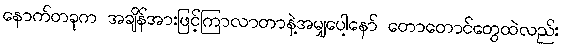
နောက်တခုက အချိန်အားဖြင့်ကြာလာတာနဲ့အမျှပေါ့နော် တောတောင်တွေထဲလည်း